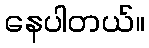
နေပါတယ်။